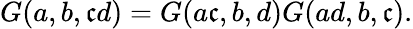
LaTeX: G(a,b,\mathfrak{c}d)=G(a\mathfrak{c},b,d)G(ad,b,\mathfrak{c}).